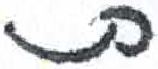
אות: ת